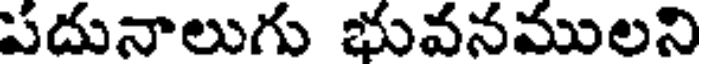
పదునాలుగు భువనములని